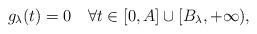
LaTeX: \begin{align*}g_{\lambda}(t)=0\quad\forall t\in[0,A]\cup[B_{\lambda},+\infty),\end{align*}